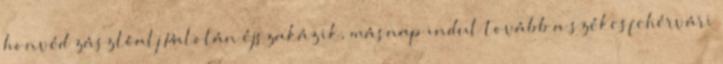
honvéd zászlóalj Palotán éjszakázik, másnap indul tovább a székesfehérvári